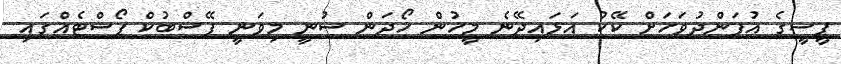
ޕީސީގެ އުފަންދުވަހަށް ކޭކު އަޅައިދޭނެ މީހުން ހޯދަން ސުނީ މިވަނީ ފޭސްބުކް ޕޯސްޓެއްގައި